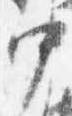
中